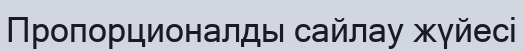
Пропорционалды сайлау жүйесі